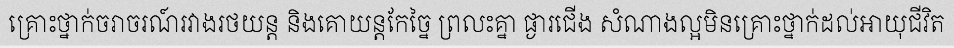
គ្រោះថ្នាក់ចរាចរណ៍រវាងរថយន្ត និងគោយន្តកែច្នៃ ព្រលះគ្នា ផ្ងារជើង សំណាងល្អមិនគ្រោះថ្នាក់ដល់អាយុជីវិត